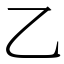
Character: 乙